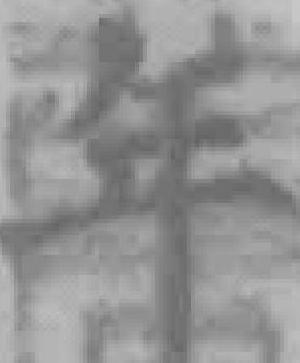
年